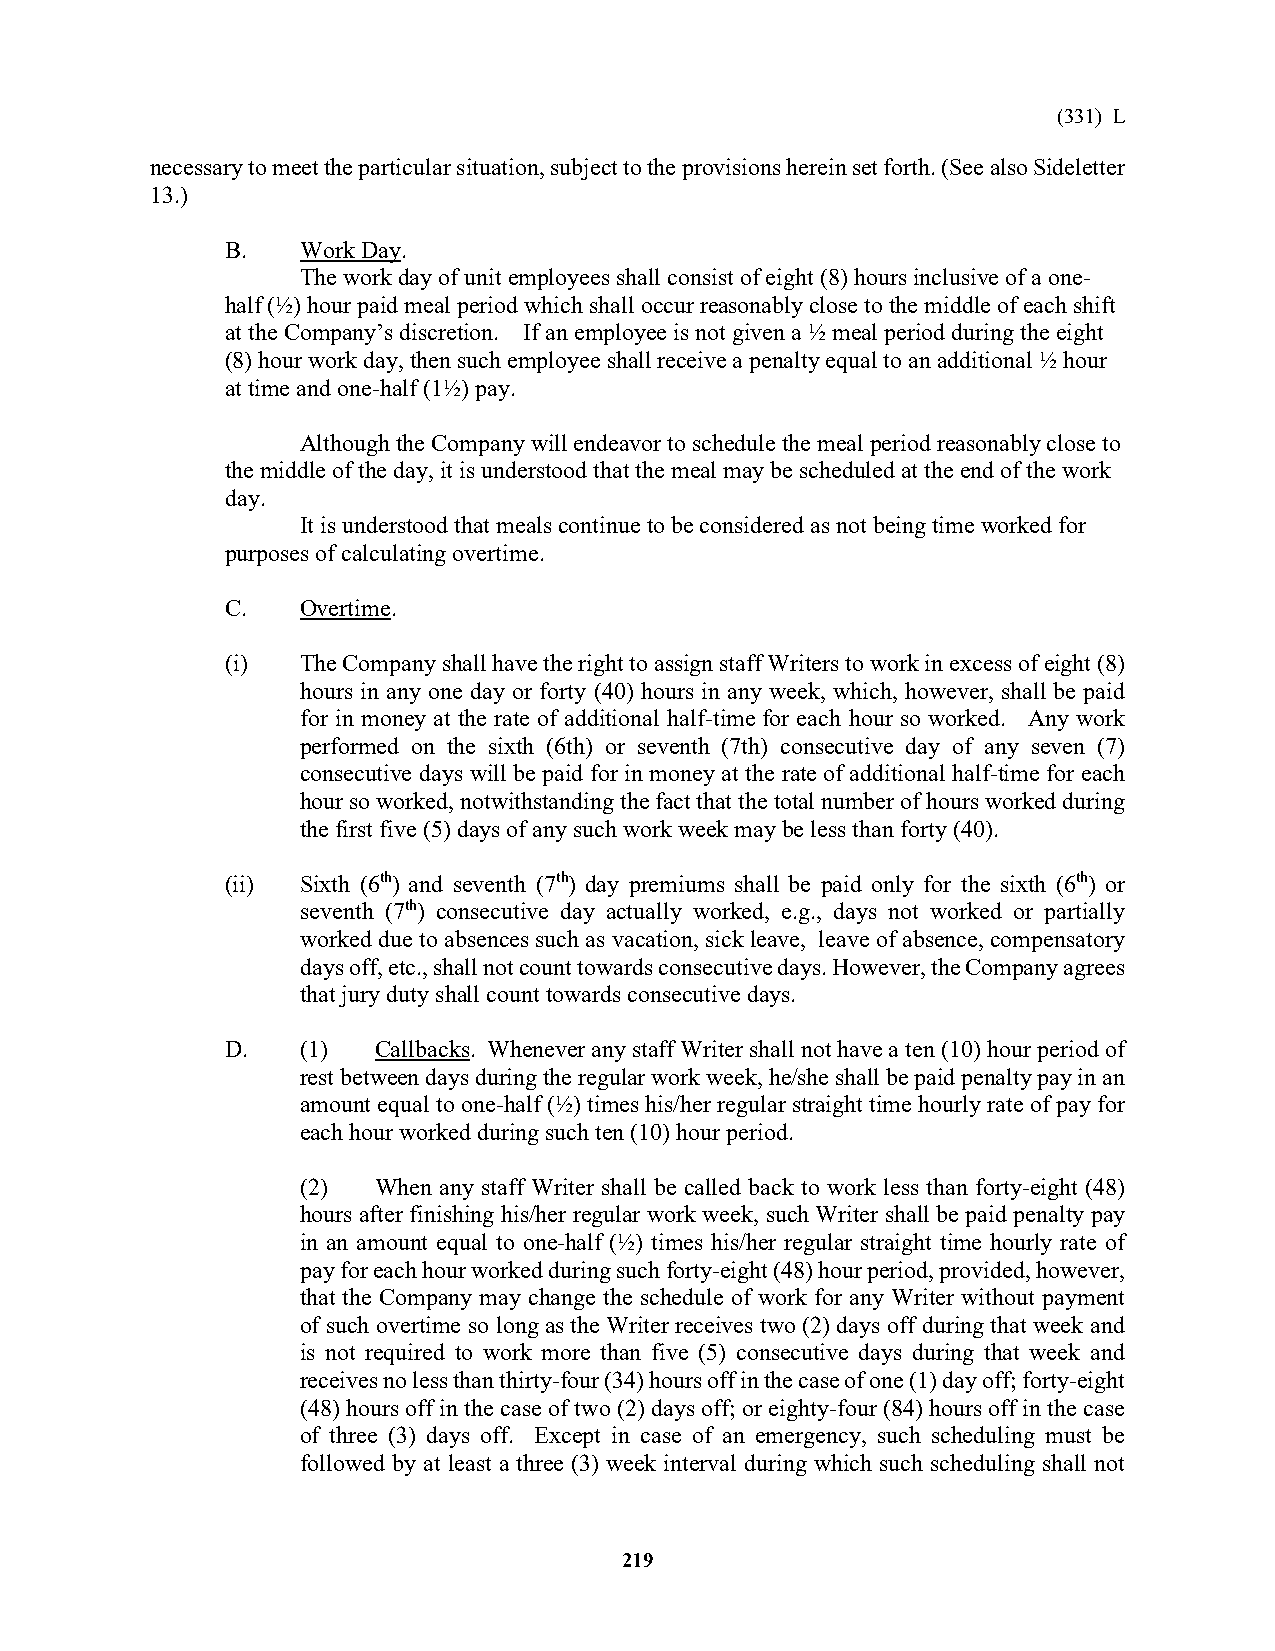
(331) L
 necessary to meet the particular situation, subject to the provisions herein set forth. (See also Sideletter
 13.)
 B.   Work Day.
 The work day of unit employees shall consist of eight (8) hours inclusive of a one-
 half (½) hour paid meal period which shall occur reasonably close to the middle of each shift
 at the Company’s discretion. If an employee is not given a ½ meal period during the eight
 (8) hour work day, then such employee shall receive a penalty equal to an additional ½ hour
 at time and one-half (1½) pay.
 Although the Company will endeavor to schedule the meal period reasonably close to
 the middle of the day, it is understood that the meal may be scheduled at the end of the work
 day.
 It is understood that meals continue to be considered as not being time worked for
 purposes of calculating overtime.
 C.   Overtime.
 (i)  The Company shall have the right to assign staff Writers to work in excess of eight (8)
 hours in any one day or forty (40) hours in any week, which, however, shall be paid
 for in money at the rate of additional half-time for each hour so worked. Any work
 performed on the sixth (6th) or seventh (7th) consecutive day of any seven (7)
 consecutive days will be paid for in money at the rate of additional half-time for each
 hour so worked, notwithstanding the fact that the total number of hours worked during
 the first five (5) days of any such work week may be less than forty (40).
 (ii) Sixth (6th) and seventh (7th) day premiums shall be paid only for the sixth (6th) or
 seventh (7th) consecutive day actually worked, e.g., days not worked or partially
 worked due to absences such as vacation, sick leave, leave of absence, compensatory
 days off, etc., shall not count towards consecutive days. However, the Company agrees
 that jury duty shall count towards consecutive days.
 D.   (1)  Callbacks. Whenever any staff Writer shall not have a ten (10) hour period of
 rest between days during the regular work week, he/she shall be paid penalty pay in an
 amount equal to one-half (½) times his/her regular straight time hourly rate of pay for
 each hour worked during such ten (10) hour period.
 (2)  When any staff Writer shall be called back to work less than forty-eight (48)
 hours after finishing his/her regular work week, such Writer shall be paid penalty pay
 in an amount equal to one-half (½) times his/her regular straight time hourly rate of
 pay for each hour worked during such forty-eight (48) hour period, provided, however,
 that the Company may change the schedule of work for any Writer without payment
 of such overtime so long as the Writer receives two (2) days off during that week and
 is not required to work more than five (5) consecutive days during that week and
 receives no less than thirty-four (34) hours off in the case of one (1) day off; forty-eight
 (48) hours off in the case of two (2) days off; or eighty-four (84) hours off in the case
 of three (3) days off. Except in case of an emergency, such scheduling must be
 followed by at least a three (3) week interval during which such scheduling shall not
 219